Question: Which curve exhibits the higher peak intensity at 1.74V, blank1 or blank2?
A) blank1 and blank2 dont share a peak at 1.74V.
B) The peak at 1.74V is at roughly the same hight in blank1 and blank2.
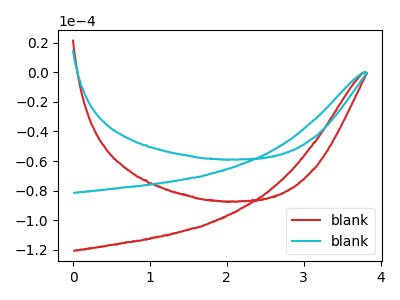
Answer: <think>The red curve "blank1" has no peaks. The cyan curve "blank2" has no peaks.</think>
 <answer>A) "blank1" and "blank2" dont share a peak at 1.74V.</answer>
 <eval>A</eval>